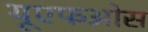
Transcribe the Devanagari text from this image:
यूएफओस